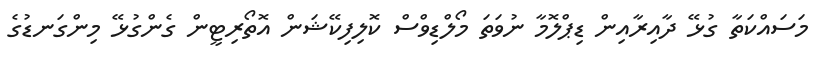
މަސައްކަތާ ގުޅޭ ދާއިރާއިން ޑިޕްލޮމާ ނުވަތަ މޯލްޑިވްސް ކޮލިފިކޭޝަން އޮތޯރިޓީން ގެންގުޅޭ މިންގަނޑުގެ